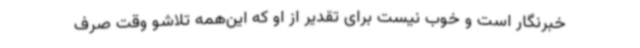
خبرنگار است و خوب نیست برای تقدیر از او که این‌همه تلاشو وقت صرف